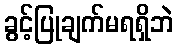
ခွင့်ပြုချက်မရရှိဘဲ